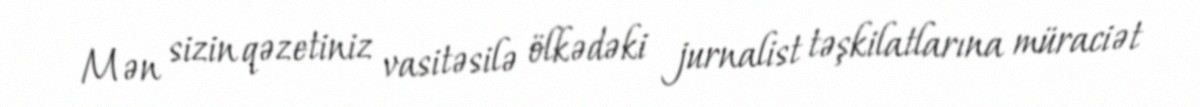
Mən sizin qəzetiniz vasitəsilə ölkədəki jurnalist təşkilatlarına müraciət